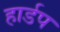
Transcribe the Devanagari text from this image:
हार्डप